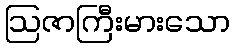
ဩဇာကြီးမားသော